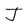
Character: J